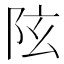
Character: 𨸫